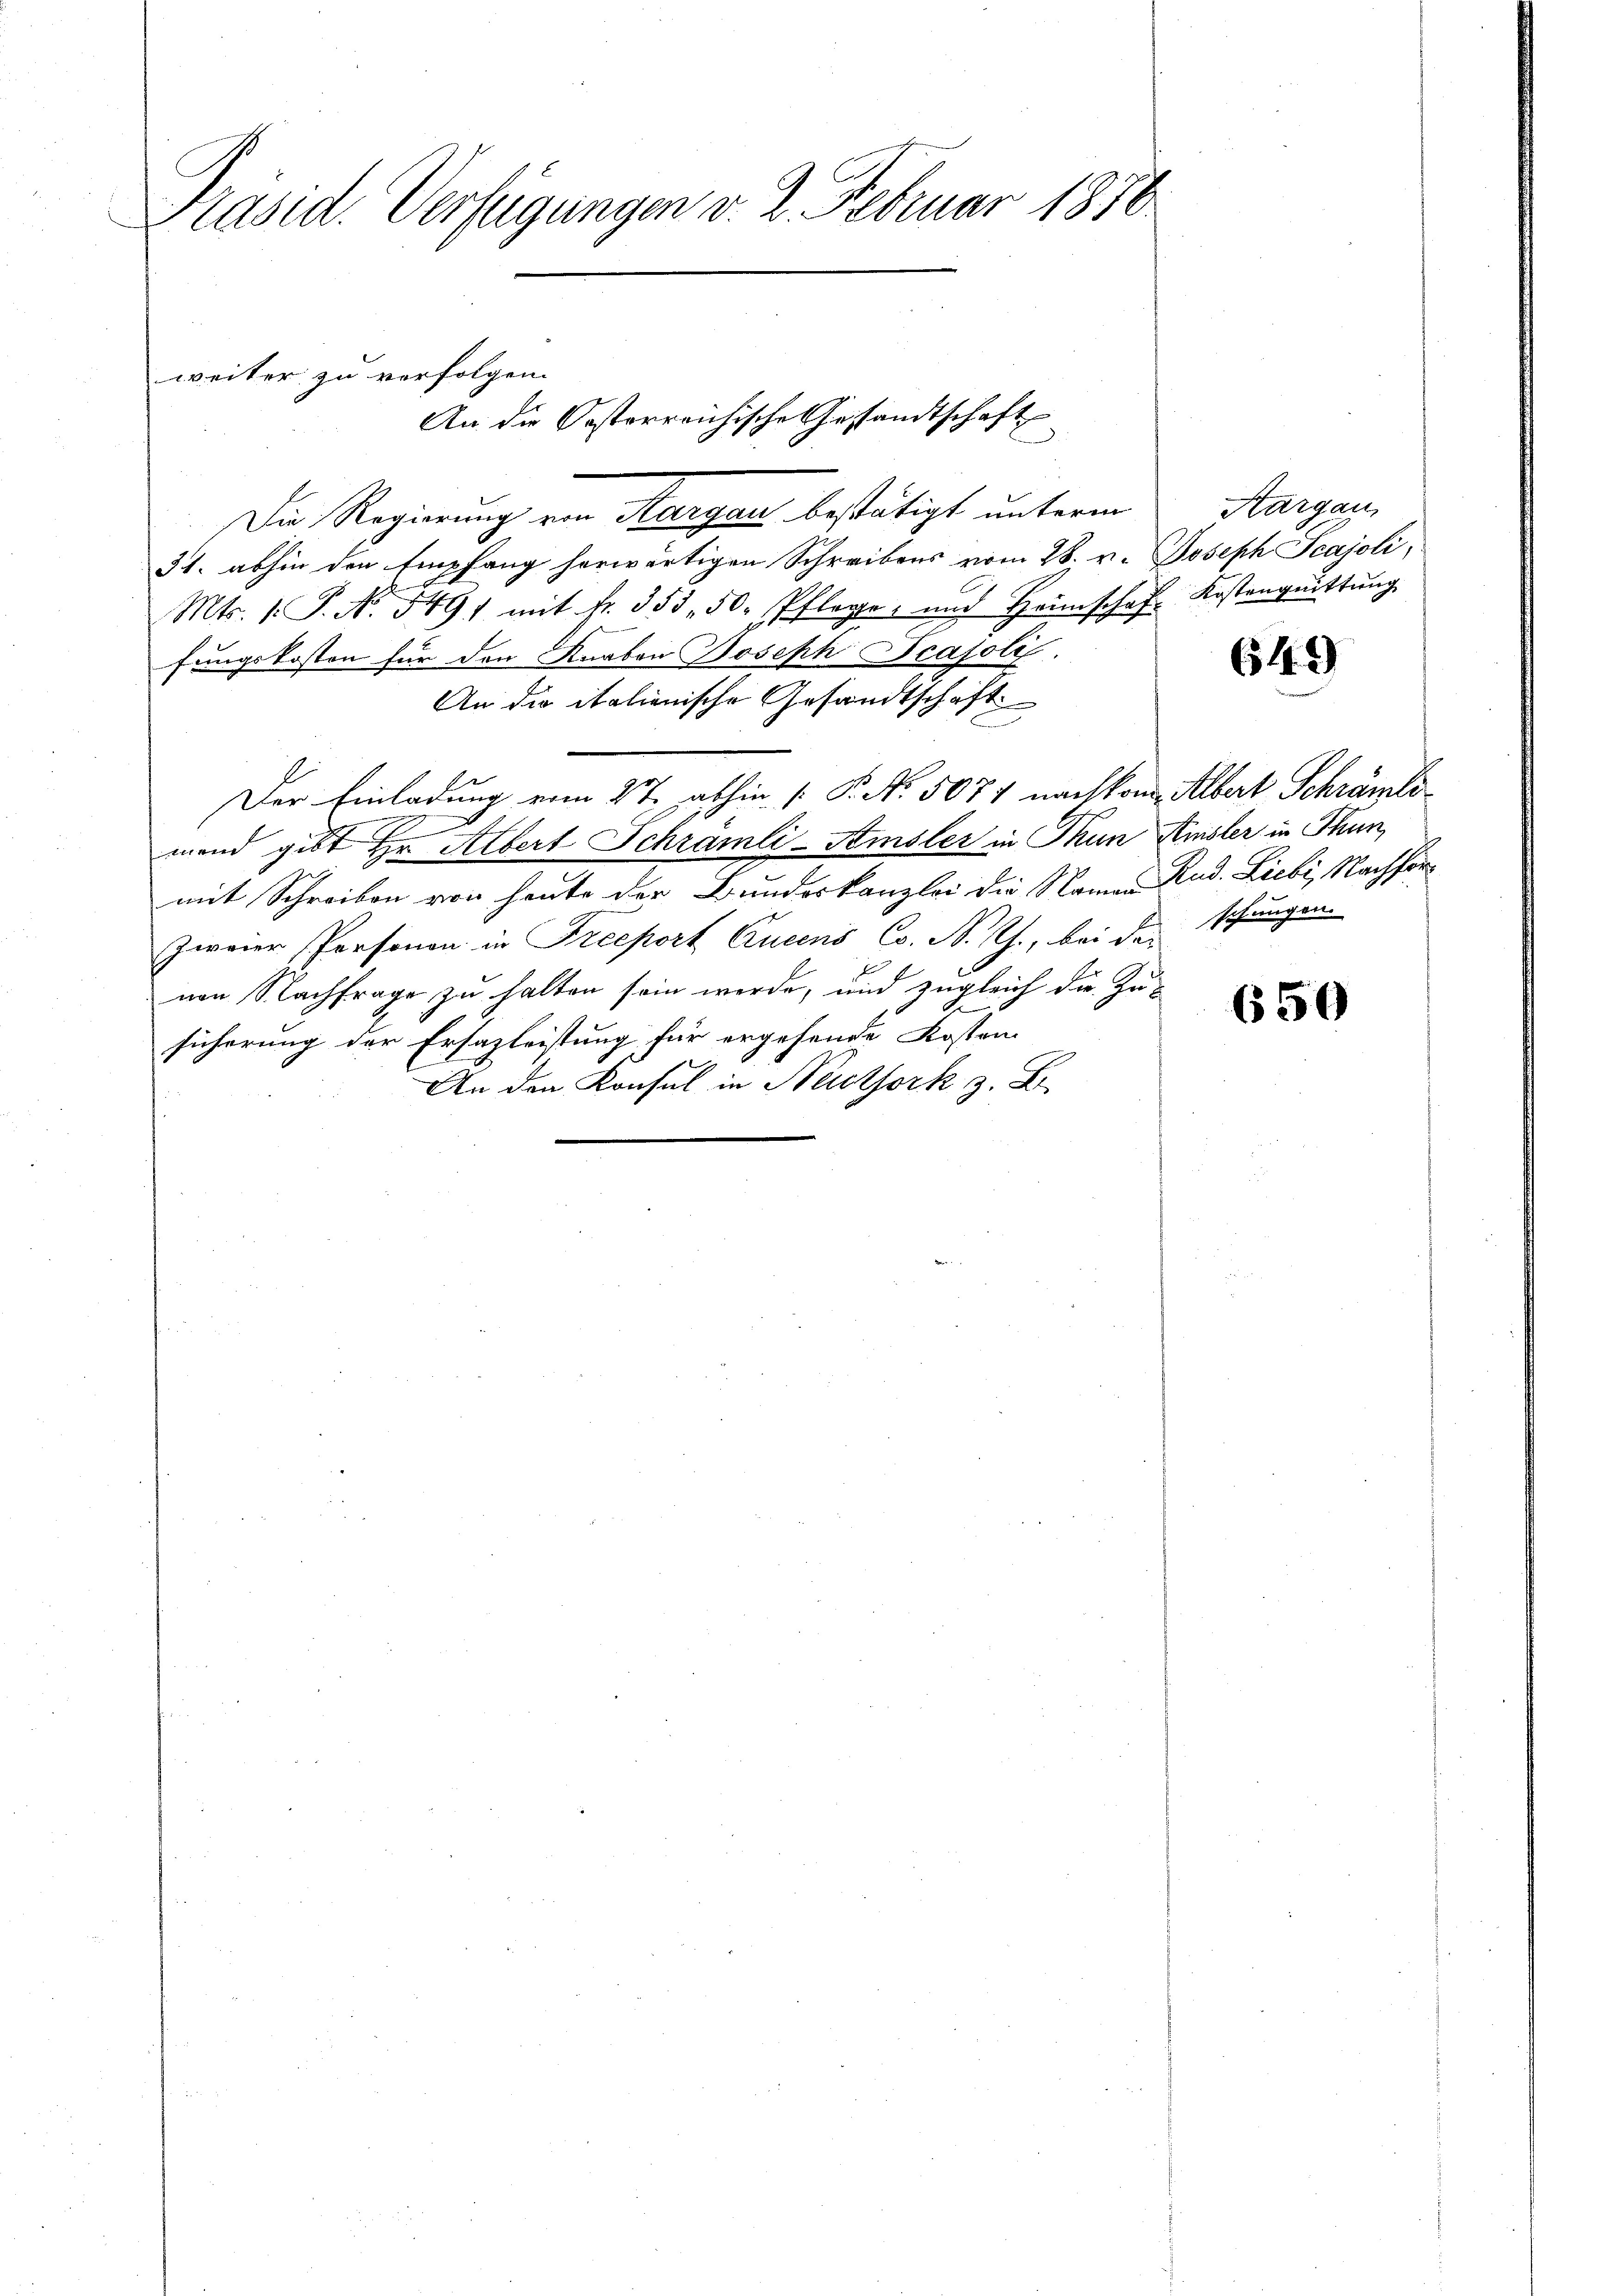
Präsid. Verfügungen v. 2. Februar 1876.

Die Regierung von Margau bestätigt unterm
31. abhin den Empfang herwärtigen Schreibens vom 28. v. Joseph Scajoli,
Mts. 1. P. N. 549, mit fr. 355, 50. Pflegte, und Heimschaft Kostengeittŭng
fungskosten für den Knaben Joseph Scajoli
An die italienische Gesandtschaft
Der Einladung vom 27. abhin [ P. Nr. 5071 nachkom Albert Schrämli¬
1
mend gibt Hr. Albert Schramli-Amsler in Thun Amsler in Thun,
mit Schreiben von heute der Bundeskanzlei die Namen Rud. Liebi, Nachforzweier Personen in Preeport Queens Co. N. Rh., bei der Pfungen
f
von Nachfrage zu halten sein werde, und zugleich die Zu¬
G.
650
sicherung der Ersazleistung für ergehende Kosten
1
An den Konsul in Nachfork z. B.

weiter zu verfolgen.
Oesterreichische Gesandtschaft
An de
d

Aargau,

649)